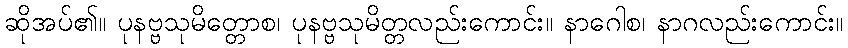
ဆိုအပ်၏။ ပုနဗ္ဗသုမိတ္တောစ၊ ပုနဗ္ဗသုမိတ္တလည်းကောင်း။ နာဂေါစ၊ နာဂလည်းကောင်း။